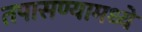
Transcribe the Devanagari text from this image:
तपासण्यामध्ये